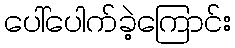
ပေါ်ပေါက်ခဲ့ကြောင်း